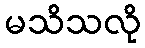
မသိသလို